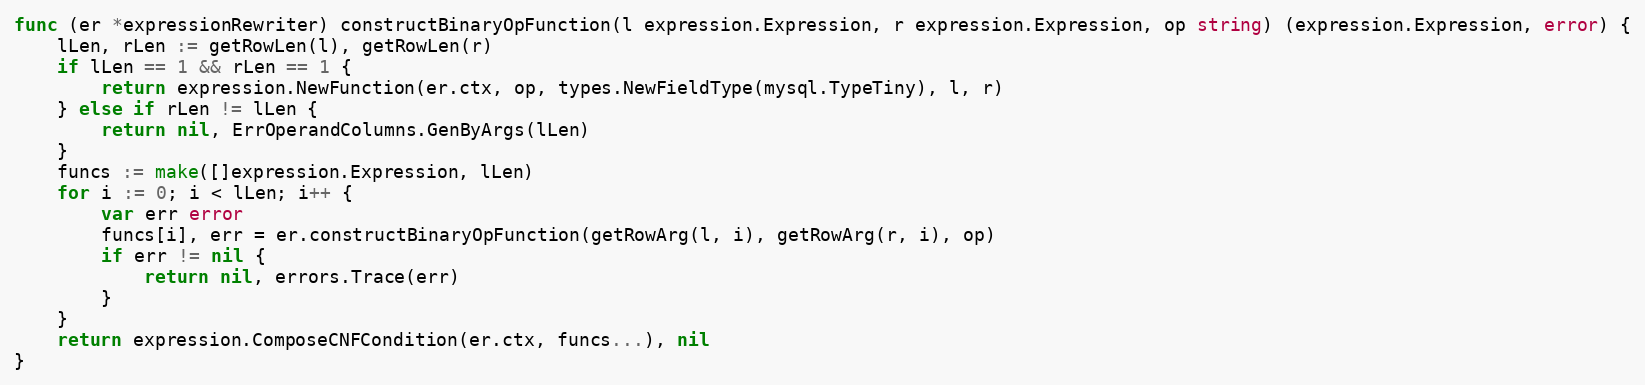
Language: Go
func (er *expressionRewriter) constructBinaryOpFunction(l expression.Expression, r expression.Expression, op string) (expression.Expression, error) {
	lLen, rLen := getRowLen(l), getRowLen(r)
	if lLen == 1 && rLen == 1 {
		return expression.NewFunction(er.ctx, op, types.NewFieldType(mysql.TypeTiny), l, r)
	} else if rLen != lLen {
		return nil, ErrOperandColumns.GenByArgs(lLen)
	}
	funcs := make([]expression.Expression, lLen)
	for i := 0; i < lLen; i++ {
		var err error
		funcs[i], err = er.constructBinaryOpFunction(getRowArg(l, i), getRowArg(r, i), op)
		if err != nil {
			return nil, errors.Trace(err)
		}
	}
	return expression.ComposeCNFCondition(er.ctx, funcs...), nil
}